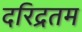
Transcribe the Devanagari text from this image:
दरिद्रतम